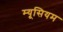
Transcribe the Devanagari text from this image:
म्यूसियम